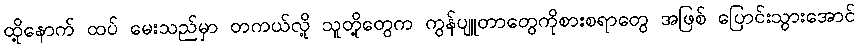
ထို့နောက် ထပ် မေးသည်မှာ တကယ်လို့ သူတို့တွေက ကွန်ပျူတာတွေကိုစားစရာတွေ အဖြစ် ပြောင်းသွားအောင်